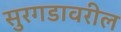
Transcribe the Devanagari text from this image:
सुरगडावरील